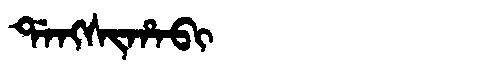
Manchu: ᡩᠠᠩᠰᡳᡥᠠᠪᡳ
Romanization: DANGSIHABI